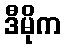
ဒီမိုက